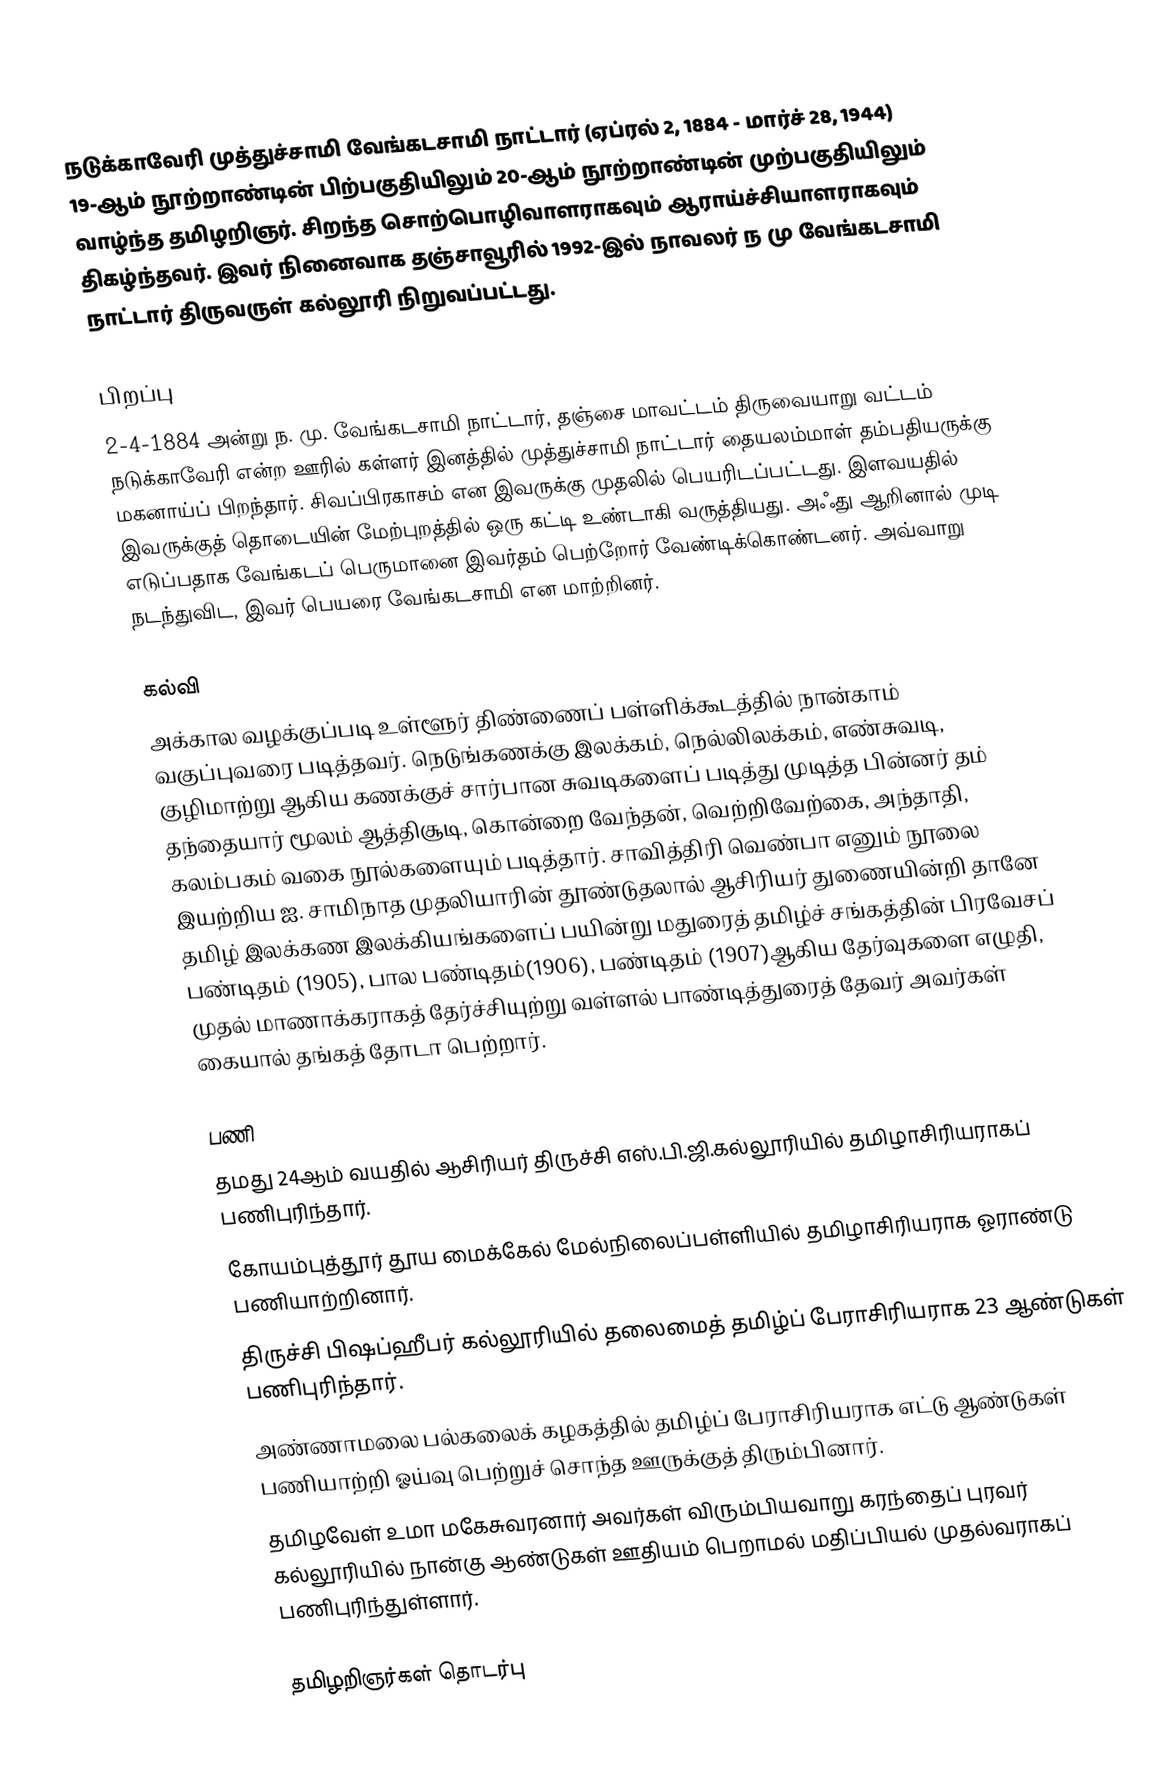
நடுக்காவேரி முத்துச்சாமி வேங்கடசாமி நாட்டார் (ஏப்ரல் 2, 1884 - மார்ச் 28, 1944) 19-ஆம் நூற்றாண்டின் பிற்பகுதியிலும் 20-ஆம் நூற்றாண்டின் முற்பகுதியிலும் வாழ்ந்த தமிழறிஞர். சிறந்த சொற்பொழிவாளராகவும் ஆராய்ச்சியாளராகவும் திகழ்ந்தவர். இவர் நினைவாக தஞ்சாவூரில் 1992-இல் நாவலர் ந மு வேங்கடசாமி நாட்டார் திருவருள் கல்லூரி நிறுவப்பட்டது.

பிறப்பு
2-4-1884 அன்று ந. மு. வேங்கடசாமி நாட்டார், தஞ்சை மாவட்டம் திருவையாறு வட்டம்  நடுக்காவேரி என்ற ஊரில் கள்ளர் இனத்தில் முத்துச்சாமி நாட்டார் தையலம்மாள் தம்பதியருக்கு  மகனாய்ப் பிறந்தார். சிவப்பிரகாசம் என இவருக்கு முதலில்  பெயரிடப்பட்டது. இளவயதில் இவருக்குத் தொடையின் மேற்புறத்தில் ஒரு கட்டி உண்டாகி வருத்தியது. அஃது ஆறினால் முடி எடுப்பதாக வேங்கடப் பெருமானை இவர்தம் பெற்றோர் வேண்டிக்கொண்டனர். அவ்வாறு நடந்துவிட, இவர் பெயரை வேங்கடசாமி என மாற்றினர்.

கல்வி
அக்கால வழக்குப்படி உள்ளூர் திண்ணைப் பள்ளிக்கூடத்தில் நான்காம் வகுப்புவரை படித்தவர். நெடுங்கணக்கு இலக்கம், நெல்லிலக்கம், எண்சுவடி, குழிமாற்று ஆகிய கணக்குச் சார்பான சுவடிகளைப் படித்து முடித்த பின்னர் தம் தந்தையார் மூலம் ஆத்திசூடி, கொன்றை வேந்தன், வெற்றிவேற்கை, அந்தாதி, கலம்பகம் வகை நூல்களையும் படித்தார். சாவித்திரி வெண்பா எனும் நூலை இயற்றிய ஐ. சாமிநாத முதலியாரின் தூண்டுதலால் ஆசிரியர் துணையின்றி தானே தமிழ் இலக்கண இலக்கியங்களைப் பயின்று மதுரைத் தமிழ்ச் சங்கத்தின் பிரவேசப் பண்டிதம் (1905), பால பண்டிதம்(1906), பண்டிதம் (1907)ஆகிய தேர்வுகளை எழுதி, முதல் மாணாக்கராகத் தேர்ச்சியுற்று வள்ளல் பாண்டித்துரைத் தேவர் அவர்கள் கையால் தங்கத் தோடா பெற்றார்.

பணி
 தமது 24ஆம் வயதில் ஆசிரியர் திருச்சி எஸ்.பி.ஜி.கல்லூரியில் தமிழாசிரியராகப் பணிபுரிந்தார்.
 கோயம்புத்தூர் தூய மைக்கேல் மேல்நிலைப்பள்ளியில் தமிழாசிரியராக ஓராண்டு பணியாற்றினார்.
 திருச்சி பிஷப்ஹீபர் கல்லூரியில் தலைமைத் தமிழ்ப் பேராசிரியராக 23 ஆண்டுகள் பணிபுரிந்தார்.
 அண்ணாமலை பல்கலைக் கழகத்தில் தமிழ்ப் பேராசிரியராக எட்டு ஆண்டுகள் பணியாற்றி ஓய்வு பெற்றுச் சொந்த ஊருக்குத் திரும்பினார்.
 தமிழவேள் உமா மகேசுவரனார் அவர்கள் விரும்பியவாறு கரந்தைப் புரவர் கல்லூரியில் நான்கு ஆண்டுகள் ஊதியம் பெறாமல் மதிப்பியல் முதல்வராகப் பணிபுரிந்துள்ளார்.

தமிழறிஞர்கள் தொடர்பு